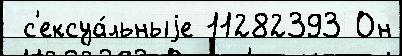
 с'ексуа́льныjе 11282393 Он